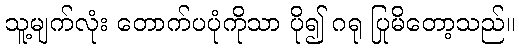
သူ့မျက်လုံး တောက်ပပုံကိုသာ ပို၍ ဂရု ပြုမိတော့သည်။